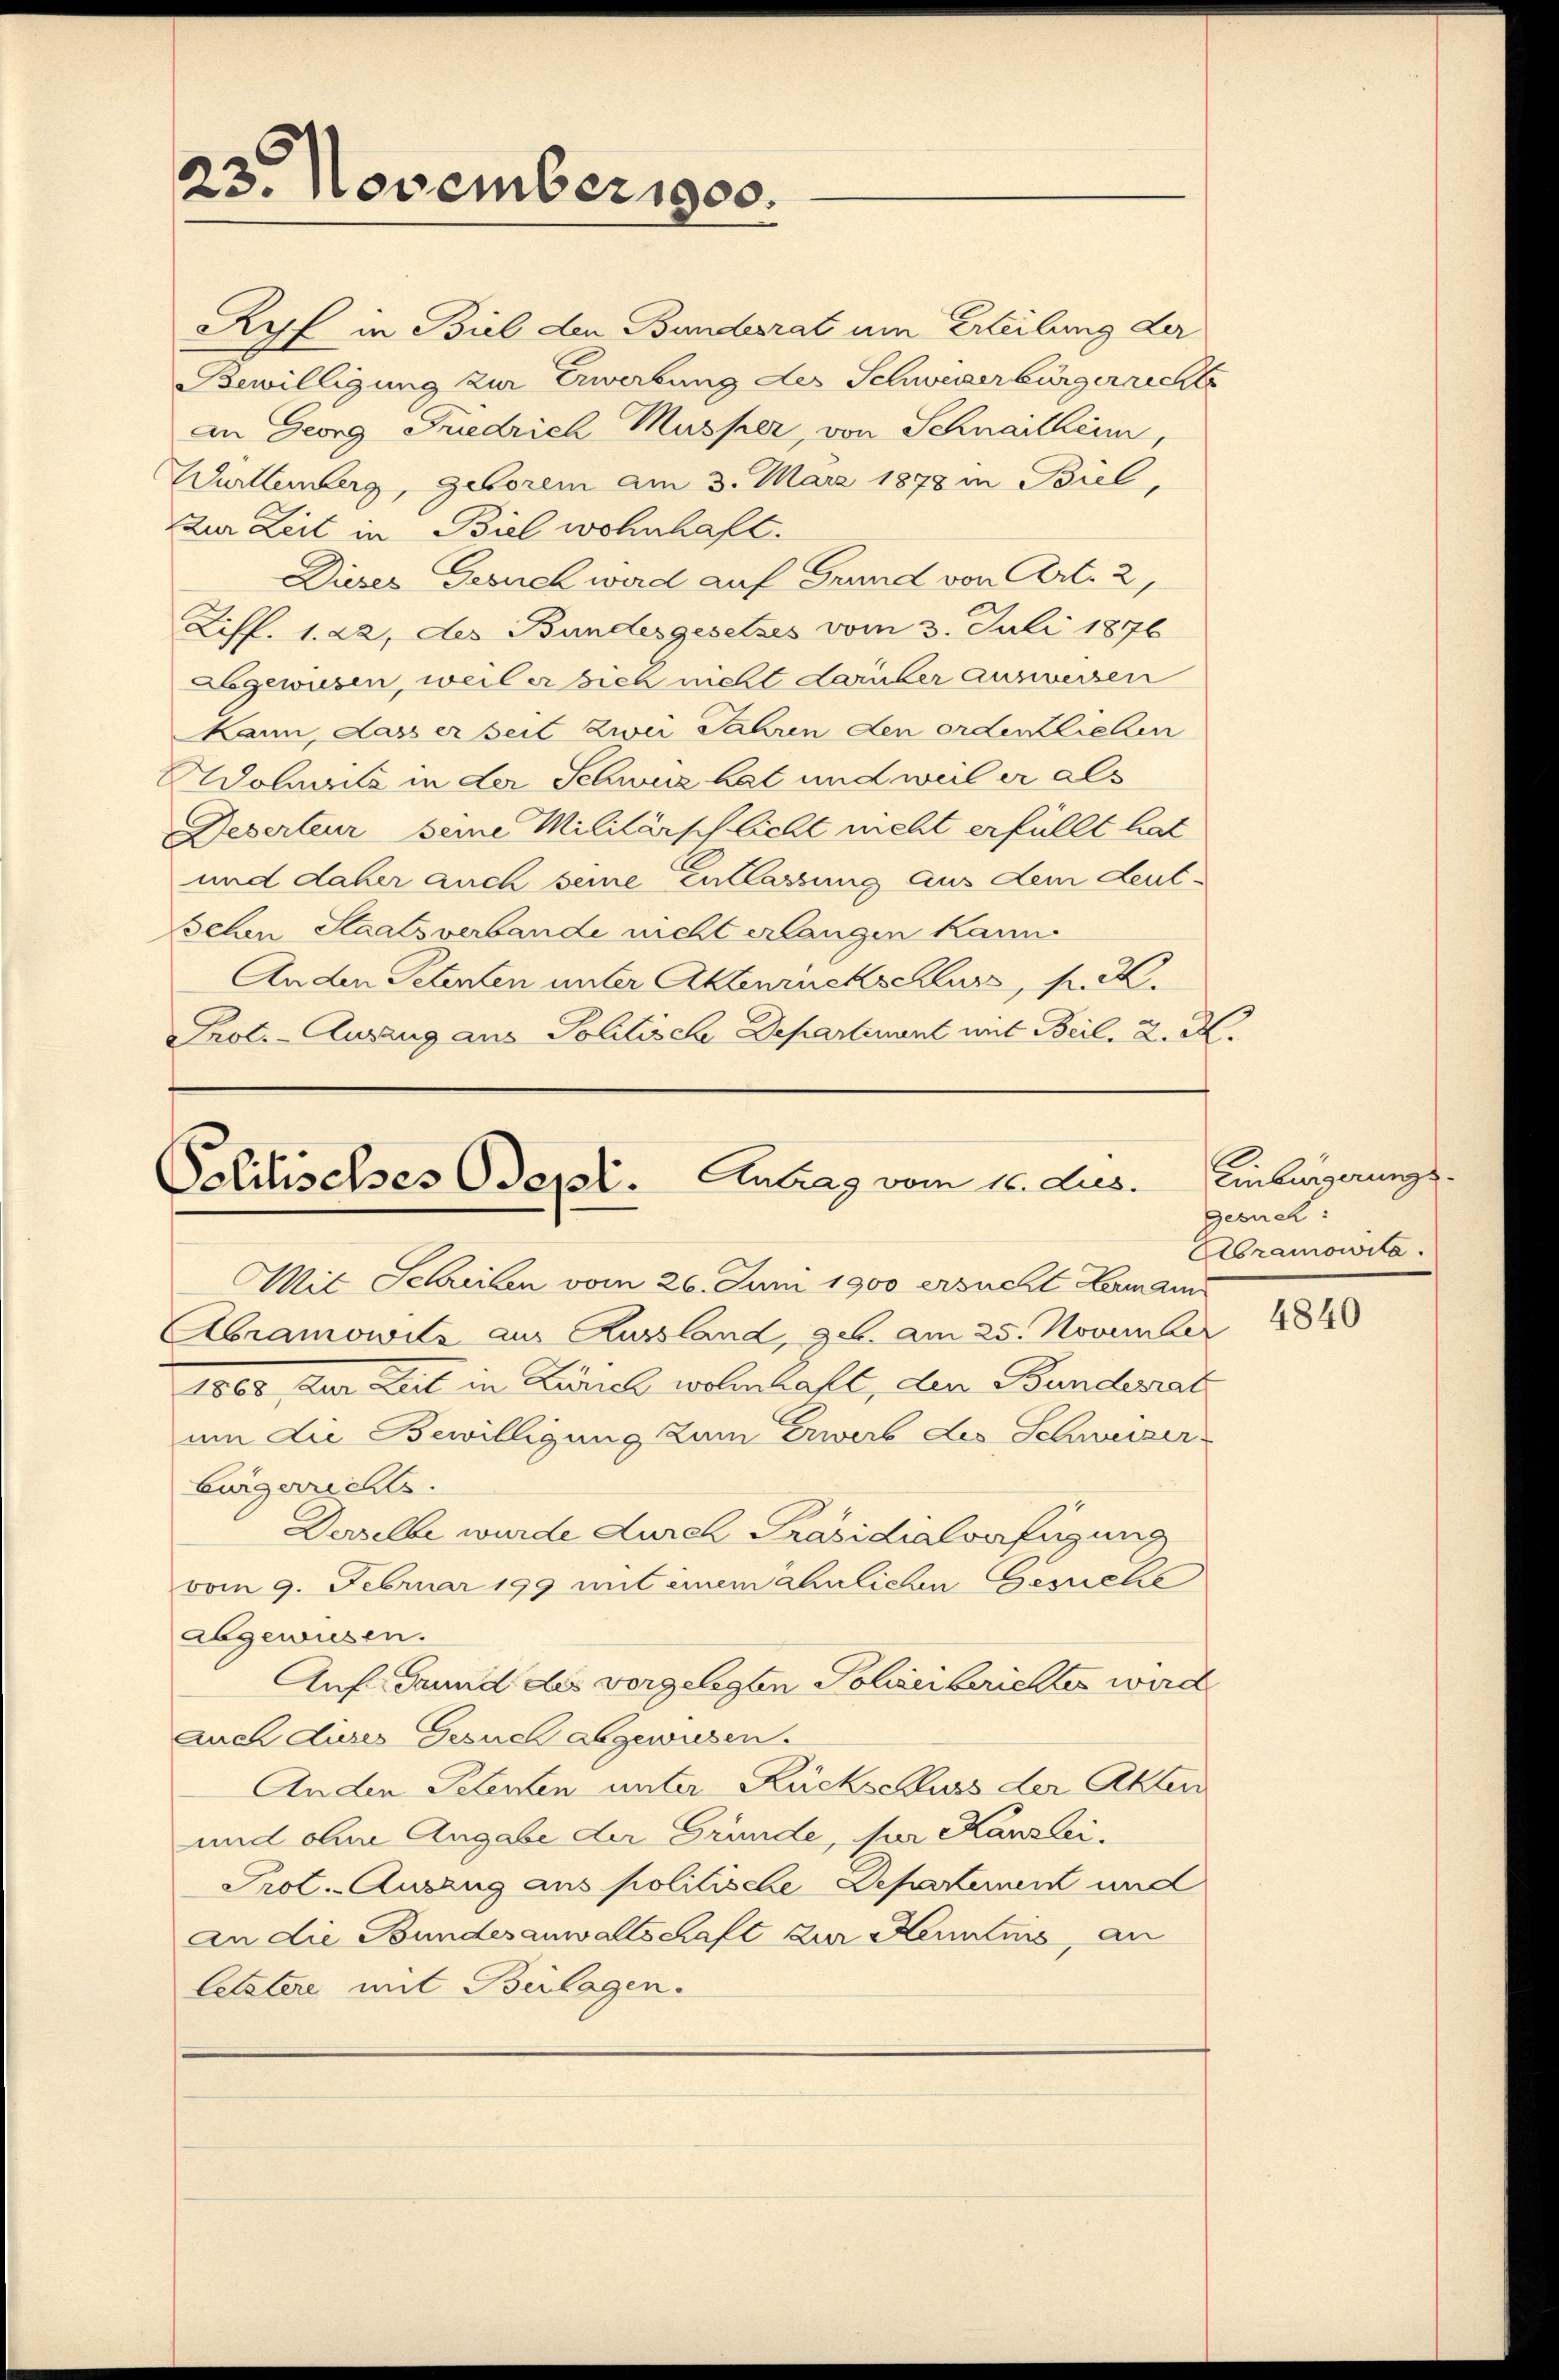
23. November 1900.

Ryf in Biel den Bundesrat um Erteilung der
Bewilligung zur Erwerbung des Schweizerbürgerrechts
an Georg Friedrich Musser, von Schnaitheim,
Württemberg, geboren am 3. März 1878 in Biel,
Zur Zeit in Biel wohnhaft.
Dieses Gesuch wird auf Grund von Art. 2,
Ziff. 1. 22, des Bundesgesetzes vom 3. Juli 1876
Abgewiesen, weil er sich nicht darüber ausweisen
Mann, dass er seit zwei Jahren den ordentlichen
Adohails in der Schwur hat und weil er als
Deserteur seine Militärschlicht meht erfüllt hat
und daher auch seine Entlassung aus dem Leut-
Sehen Staatsverbande nicht erlangen kann.
An den Petenten unter Aktenrückschluss, s. Z.
Prote-Auszug aus Politische Departement mit Beil. 2. R.

Politisches Odept. Antrag vom 12. Jus.

Mit Schreiben vom 26. Juni 1900 ersucht Lammann
Abramowitz aus Aussland, geb. am 25. November
1863, zur Zeit in Lunch wohnhaft, den Bundesrat
um die Bewilligung zum Erwerb des Schweizerbürgerrechts.
Derselbe wurde durch Präsidialverfügung
vom 9. Februar 199 mit einem ähnlichen Gesuche
abgewiesen.
Auf Grund des vorgelegten Polizeiberichtes wird
auch dieses Gesuch abgewiesen.
Ander Petenten unter Rückschluss der Akten
und ohne Angabe der Gründe, per Kanzlei-
Prot. Auszug aus politische Departement und
an die Bundesanwaltschaft zur Kenntnis, an
letztere mit Beilagen.

Einburgerungsgesuch:
ramowitz.

4840